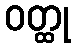
ဝတ္ထု